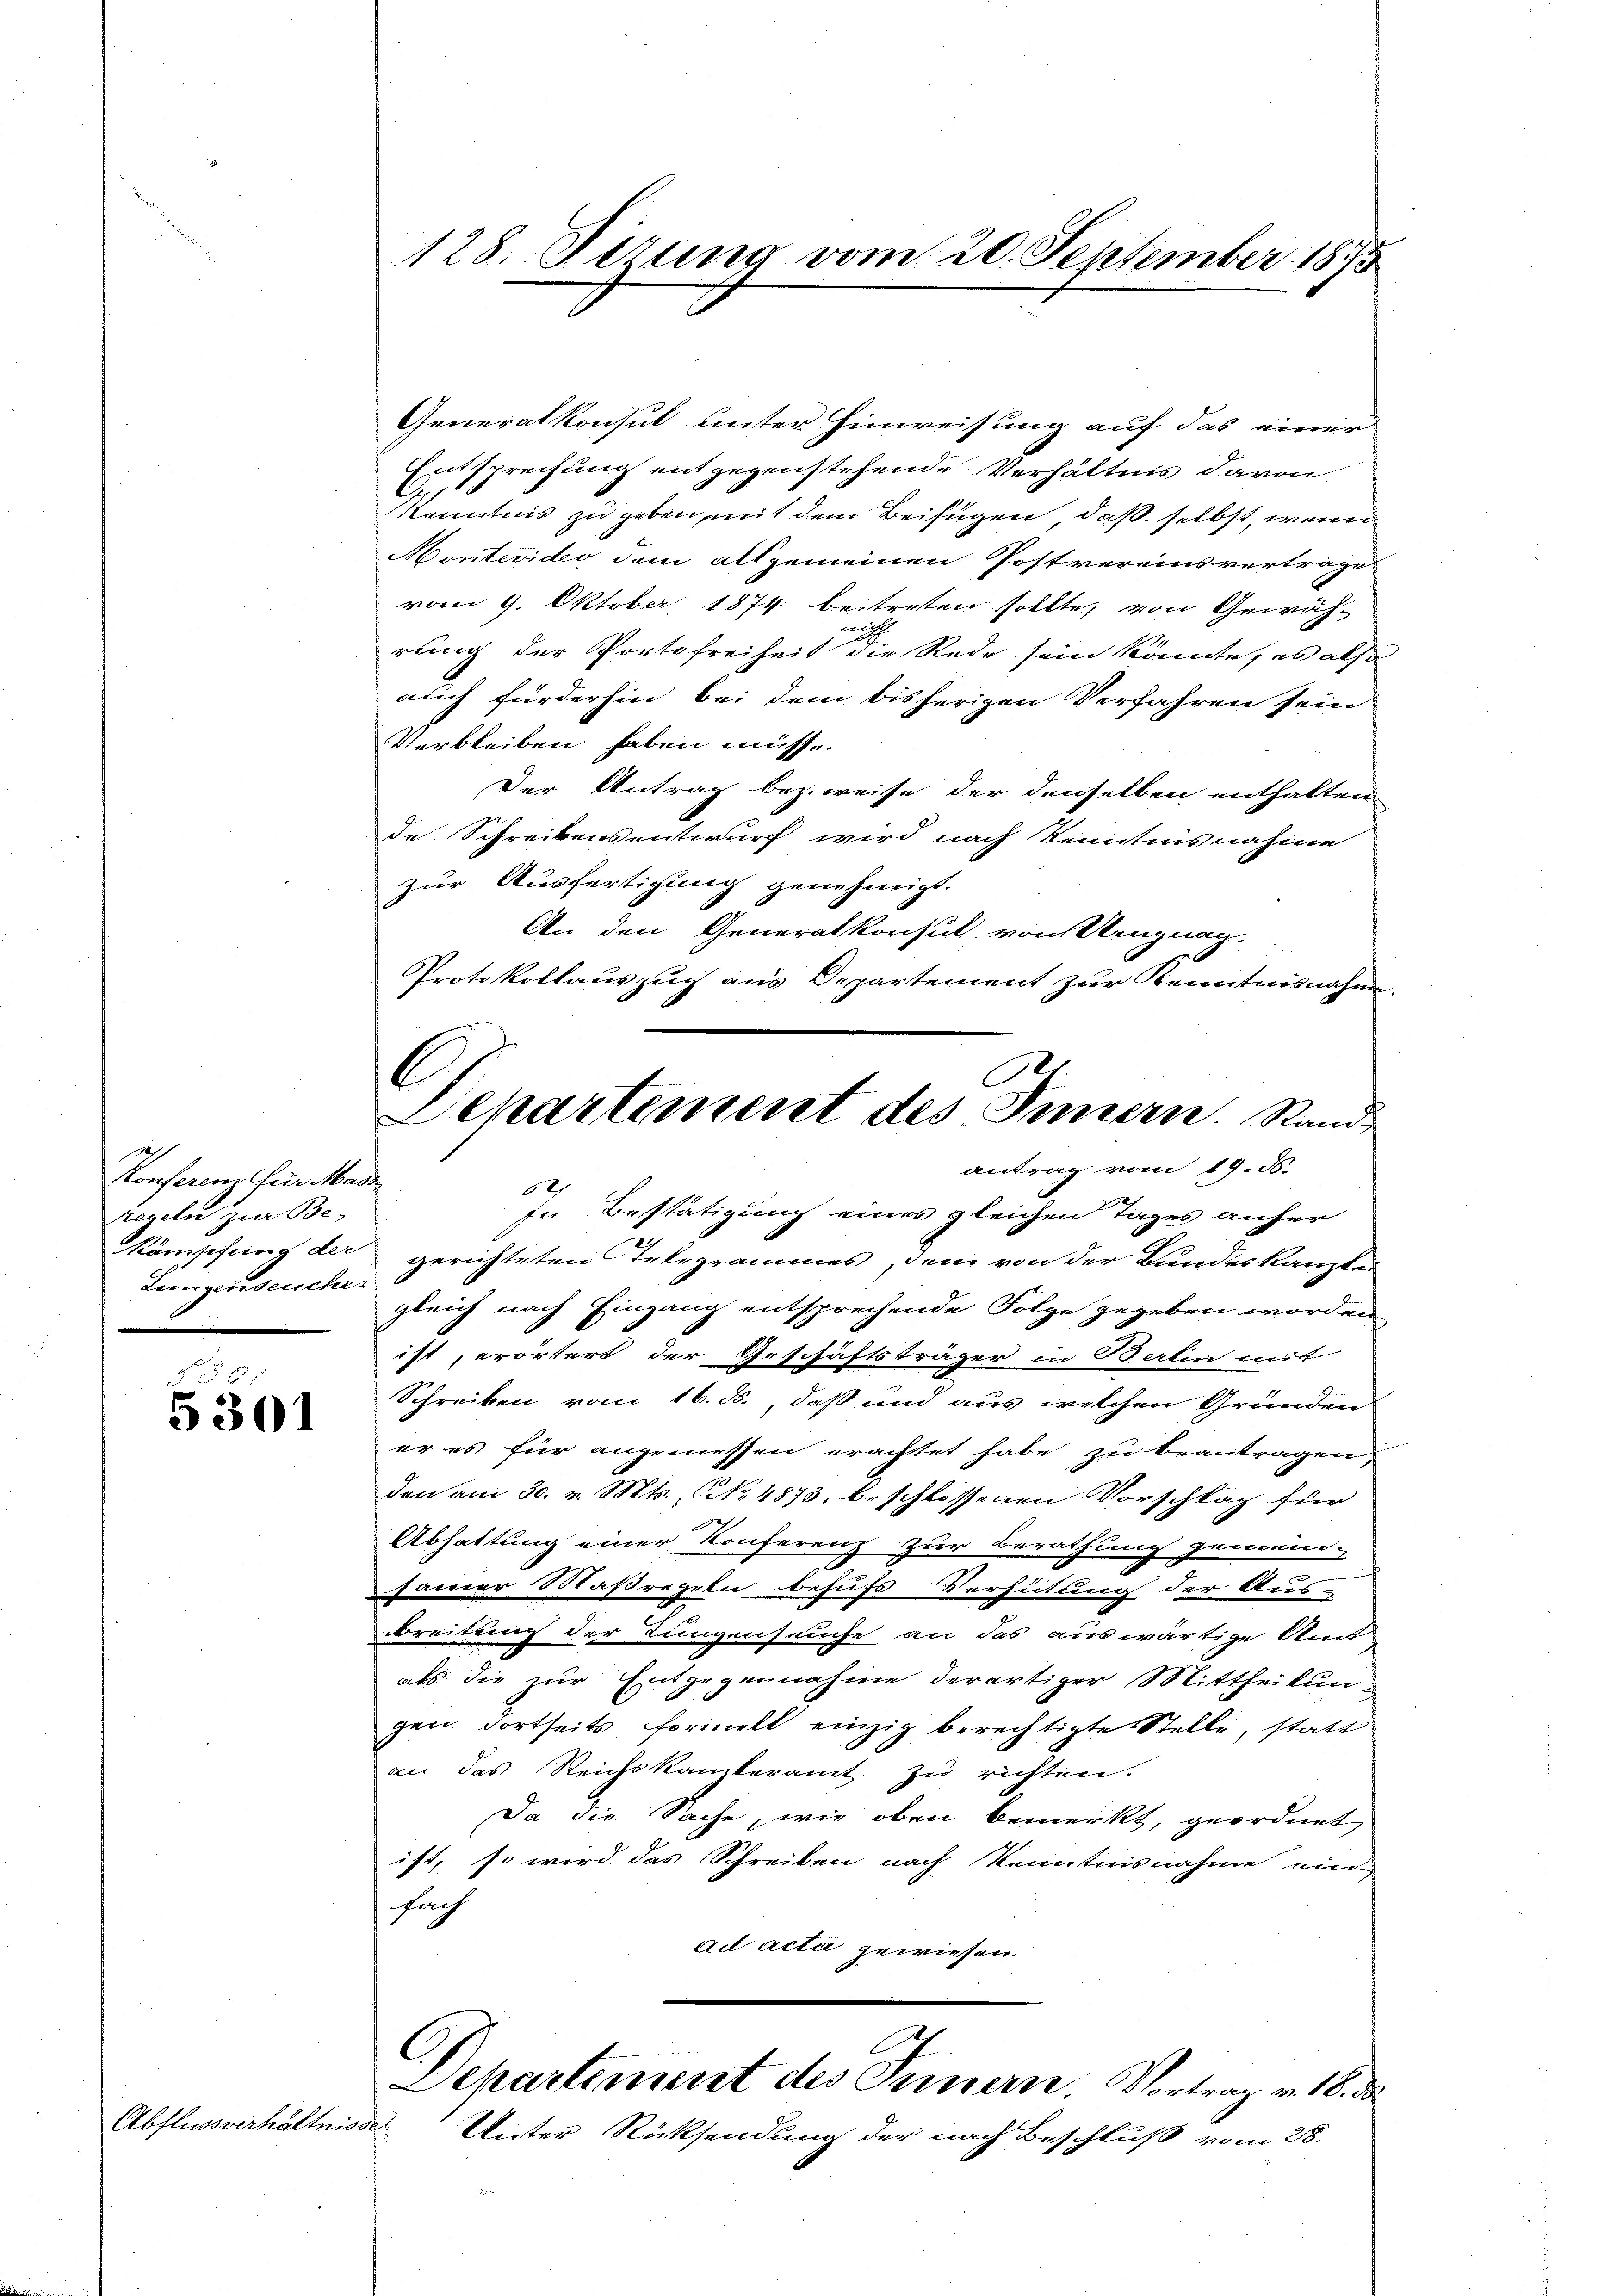
Dich
Konferem für Mass
Regeln zur Be-
Lungenseuche.

3 § 25
5301

Abflussverhältnisse

128. Sizung vom 20. September 1875

Generalkonsut unter Hinweisung auf das einer
Entsprechung entgegenstehende Verhältnis davon
Kenntnis zu geben mit dem Beifügen, daß selbst, wenn
Montevideo dem allgemeinen Postvereins vertrage
vom 9. Oktober 1874 beitreten sollte, von Gewähh
rung der Portofreiheit die Rede sein könnte, es also
auch fürderhin bei dem bisherigen Verfahren sein
Verbleiben haben müsse.
Der Antrag bezweise der denselben enthalten
de Schreibensentwurf wird nach Kenntnisnahme
zur Ausfertigung genehmigt.
An den Generalkonsul von Mengnag.
Protokollauszug aus Departement zur Kenntnisnahme
12
In Bestätigung eines gleichen Tages anher
Kämpfung der gerichteten Telegrammes, dem von der Bundeskanzler
gleich nach Eingang entsprechende Folge gegeben worden,
ist, erörtert der Geschäftsträger in Berlin mit
G
Schreiben vom 16. ds., daß und aus welchen Gründen
er es für angemessen erachtet habe zu beantragen,
don am 30. v. Mts., No 4873, beschlossenen Vorschlag für
Abhaltung einer Konferenz zur Berathung gemein-
emer Maßregeln behufs Verhütung der Aus-
breitung der Lungenseuche an das auswärtige Amt
als die zur Entgegennahme derartiger Mittheilungen dortseits formelt einzig berechtigte Stelle, statt
an das Reichskanteramt zu richten.
Da die Sache, wie oben bemerkt, geordnet
ist, so wird das Schreiben nach Kenntnisnahme ein-
fach
ad acta gewiesen.
C
Departement des Ternern. Vortrag v. 18. d.
Unter Rücksendung der nach Beschluß vom 28.

e
.
Departement des Innern. Stand
antrag vom 19. d.